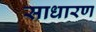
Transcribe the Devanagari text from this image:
साधारण्‍ा